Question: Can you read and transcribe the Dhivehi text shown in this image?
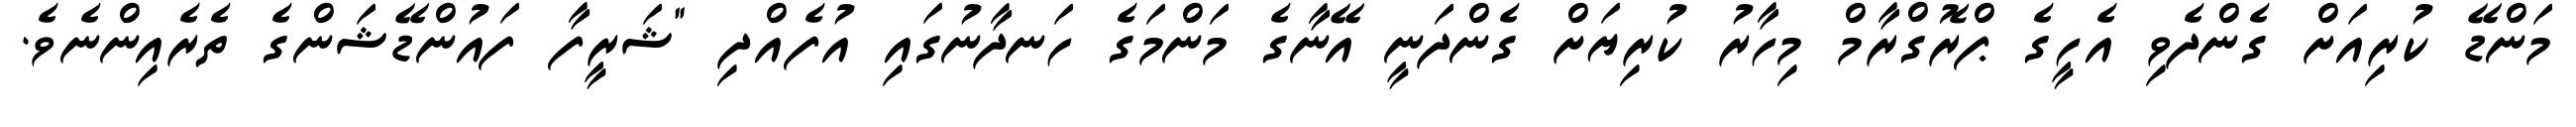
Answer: މަންޑޭ ކުރިއަށް ގެންދެވި އެހީގެ ޕްރޮގްރާމް މިހާރު ކުރިޔަށް ގެންދަނީ އޭނާގެ މަންމަގެ ހަނދާނުގައި އުފެއްދި "ޝަރީފާ ފައުންޑޭޝަންގެ ތެރެއިންނެވެ.